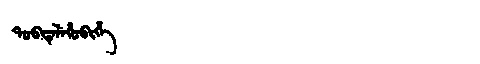
Manchu: ᡨᠣᠪᡨᡝᠯᡝᡥᠣᠪᡳᡥᡝ
Romanization: TOBTELEHOBIHE